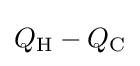
Q_{\mathrm {H} }-Q_{\mathrm {C} }